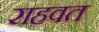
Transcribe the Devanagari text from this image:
राहवत